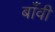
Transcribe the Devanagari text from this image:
बाँवी